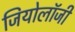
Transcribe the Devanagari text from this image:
जियोलाॅजी